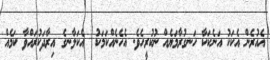
އެއުރެން އެކަކު އަނެކަކާ ހަނގުރާމަޔެއް ނުކުރީހެވެ. އެހެނެއްކަމަކު  އެކަލާނގެ އިރާދަކުރައްވާ ކަމެއް